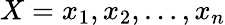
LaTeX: X=x_{1},x_{2},\ldots,x_{n}